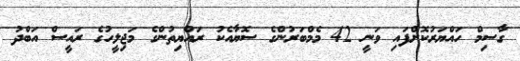
ގާސިމް ހައްޔަރުކޮށްފައި ވަނީ 42 މެމްބަރުންގެ ސޮޔާއެކު ރައްޔިތުންގެ މަޖިލީހުގެ ރައީސް އަބްދު